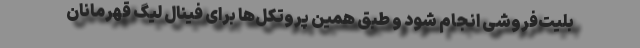
بلیت‌فروشی انجام شود و طبق همین پروتکل‌ها برای فینال لیگ قهرمانان